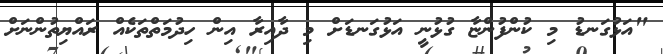
"އަޅުގަނޑު މި ކުންފުންޏާ ގުޅުނީ އަޅުގަނޑަށް މި ދާއިރާ އިން ހިދުމަތްތަކެއް ރައްޔިތުންނަށް